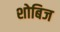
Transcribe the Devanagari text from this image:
शोबिज